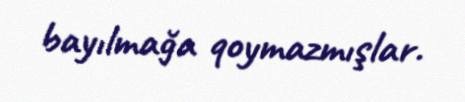
bayılmağa qoymazmışlar.